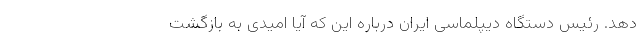
دهد. رئیس دستگاه دیپلماسی ایران درباره این که آیا امیدی به بازگشت